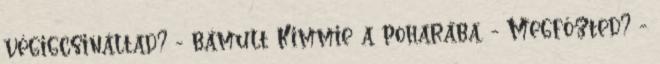
végigcsináltad? - bámult Kimmie a poharába. - Megfőzted? -